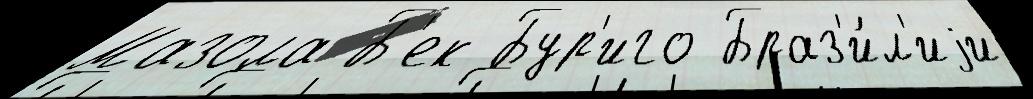
Мазола Б'ек Бур'иго Браз'и́л'иjи